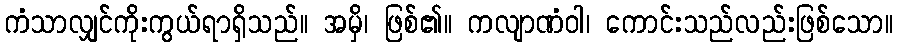
ကံသာလျှင်ကိုးကွယ်ရာရှိသည်။ အမှိ၊ ဖြစ်၏။ ကလျာဏံဝါ၊ ကောင်းသည်လည်းဖြစ်သော။